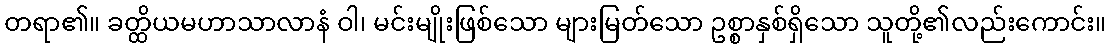
တရာ၏။ ခတ္ထိယမဟာသာလာနံ ဝါ၊ မင်းမျိုးဖြစ်သော များမြတ်သော ဥစ္စာနှစ်ရှိသော သူတို့၏လည်းကောင်း။